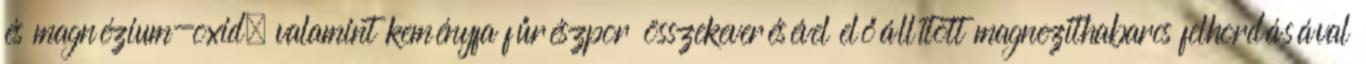
és magnézium-oxid, valamint keményfa fűrészpor összekeverésével előállított magnezithabarcs felhordásával